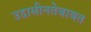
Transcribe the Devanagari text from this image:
उदासीनतेबाबत